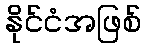
နိုင်ငံအဖြစ်